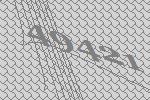
49421